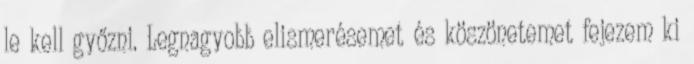
le kell győzni. Legnagyobb elismerésemet és köszönetemet fejezem ki